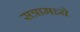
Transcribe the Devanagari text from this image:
सत्रामध्ये